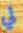
لي